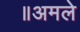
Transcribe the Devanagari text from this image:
॥अमले